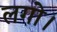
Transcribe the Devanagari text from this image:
लगो।